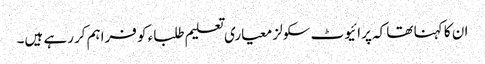
ان کا کہنا تھا کہ پرائیوٹ سکولز معیاری تعلیم طلباء کو فراہم کررہے ہیں۔